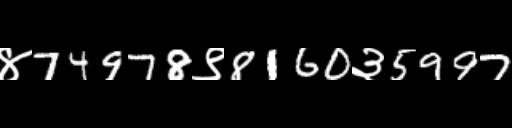
Text: ४74978९8160३5997